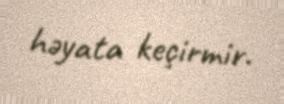
həyata keçirmir.